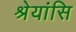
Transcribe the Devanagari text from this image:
श्रेयांसि